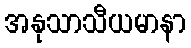
အနုသာသီယမာနာ